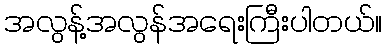
အလွန့်အလွန်အရေးကြီးပါတယ်။